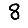
Digit: 8